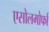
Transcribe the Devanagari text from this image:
एसोलमोर्फा